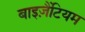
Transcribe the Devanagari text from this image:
बाइज़ैंटियम